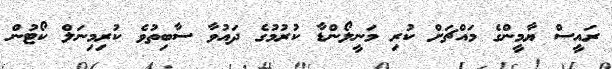
ރައީސް ޔާމީންގެ މައްޗަށް ކުރި މަނީލޯންޑާ ކުރުމުގެ ދައުވާ ސާބިތުވެ ކުރިމިނަލް ކޯޓުން